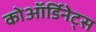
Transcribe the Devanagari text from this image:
कोऑर्डिनेट्स